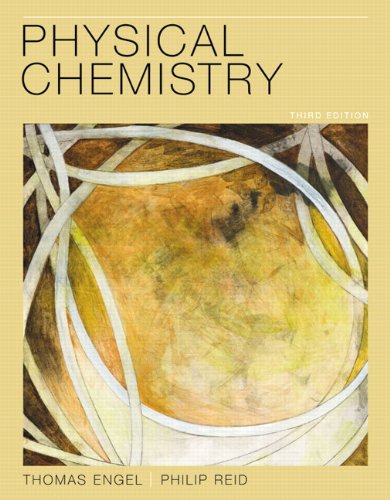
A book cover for Physical Chemistry (3rd Edition); Thomas Engel; Science & Math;